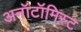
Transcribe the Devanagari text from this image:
अनॉटॉमिस्ट